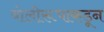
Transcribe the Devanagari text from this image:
बोलीरूपाकडून